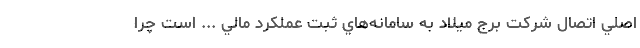
اصلي اتصال شركت برج ميلاد به سامانه‌هاي ثبت عملكرد مالي ... است چرا